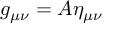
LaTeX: g _ { \mu \nu } = A \eta _ { \mu \nu }